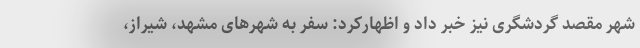
شهر مقصد گردشگری نیز خبر داد و اظهارکرد: سفر به شهرهای مشهد، شیراز،